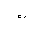
Letter: _ba